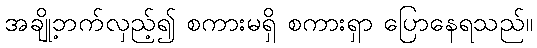
အချို့ဘက်လှည့်၍ စကားမရှိ စကားရှာ ပြောနေရသည်။